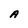
Character: A